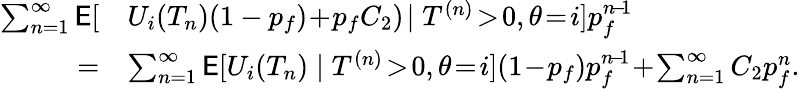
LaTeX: \begin{array}{rl}{\sum_{n=1}^{\infty}\mathsf{E}[}&{U_{i}(T_{n})(1-p_{f})\! +\! p_{f}C_{2})\! \mid T^{(n)}\! >\! 0,\theta\! =\! i]p_{f}^{n\! -\! 1}}\\ {=}&{\sum_{n=1}^{\infty}\mathsf{E}[U_{i}(T_{n})\mid T^{(n)}\! >\! 0,\theta\! =\! i](1\! -\! p_{f})p_{f}^{n\! -\! 1}\! +\! \sum_{n=1}^{\infty}C_{2}p_{f}^{n}.}\end{array}